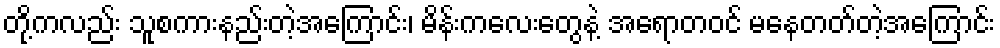
တို့ကလည်း သူစကားနည်းတဲ့အကြောင်း၊ မိန်းကလေးတွေနဲ့ အရောတဝင် မနေတတ်တဲ့အကြောင်း